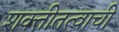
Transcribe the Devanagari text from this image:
शक्तीतत्वाची